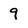
Character: 9